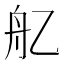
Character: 𦨇